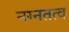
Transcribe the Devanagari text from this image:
नग्नतत्व